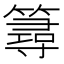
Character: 𥳍